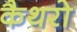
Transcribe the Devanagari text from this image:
कैथरो